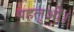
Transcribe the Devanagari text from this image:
पहलुओं।